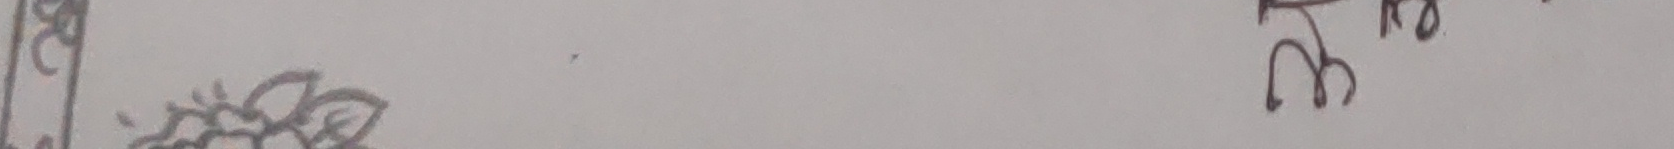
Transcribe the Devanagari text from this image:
मलाई सुन्नु